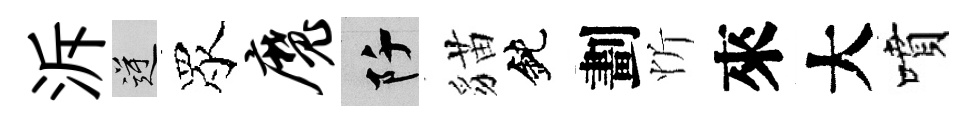
泝逆眾魔阡貓鈍劃忻來大噴